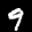
Label: 9